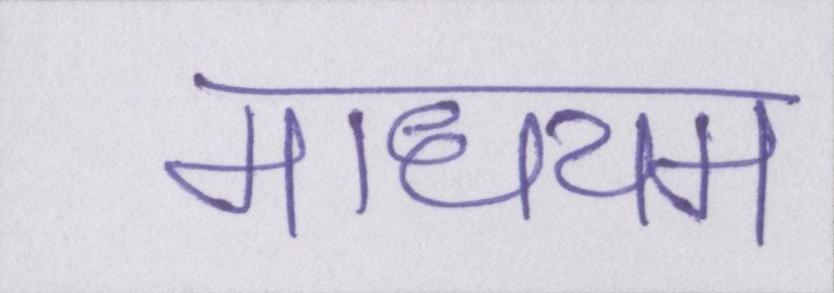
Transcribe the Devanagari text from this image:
माधयम